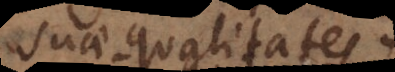
suae qualitates